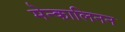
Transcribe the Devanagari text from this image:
मेन्कालिनन